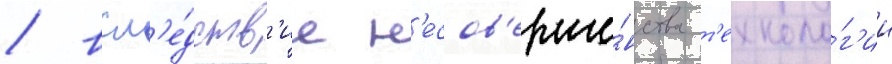
/ всл'е́дств'ие н'есов'ерше́нства т'ехноло́г'ии